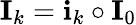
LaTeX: \textbf{I}_{k}=\textbf{i}_{k}\circ\textbf{I}_{0}